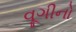
વૂગીનો